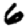
Digit: 6